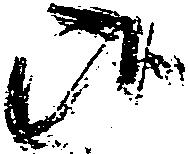
候